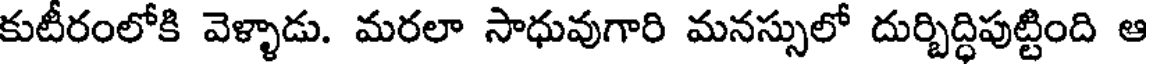
కుటీరంలోకి వెళ్ళాడు. మరలా సాధువుగారి మనస్సులో దుర్బిద్ధిపుట్టింది ఆ